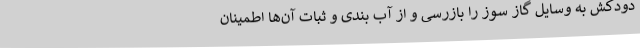
دودکش به وسایل گاز سوز را بازرسی و از آب بندی و ثبات آن‌ها اطمینان